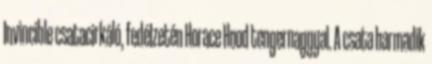
Invincible csatacirkáló, fedélzetén Horace Hood tengernaggyal. A csata harmadik